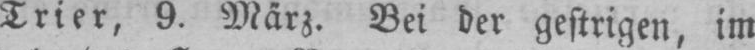
Trier, 9. März. Bei der gestrigen, im